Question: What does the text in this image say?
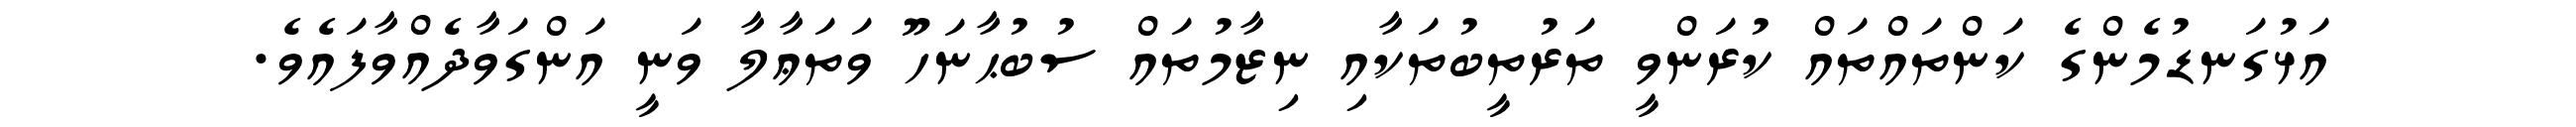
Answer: އަޅުގަނޑުމެންގެ ކަންތައްތައް ކުރަންވީ ތަރުތީބުތަކާއި ނިޒާމުތައް ސުބުޙާނަހޫ ވަތަޢާލާ ވަނީ އަންގަވާދެއްވާފައެވެ.